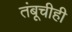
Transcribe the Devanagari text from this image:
तंबूचीही